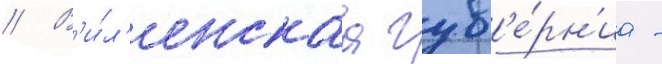
// В'и́л'енскаа губ'е́рн'иа -